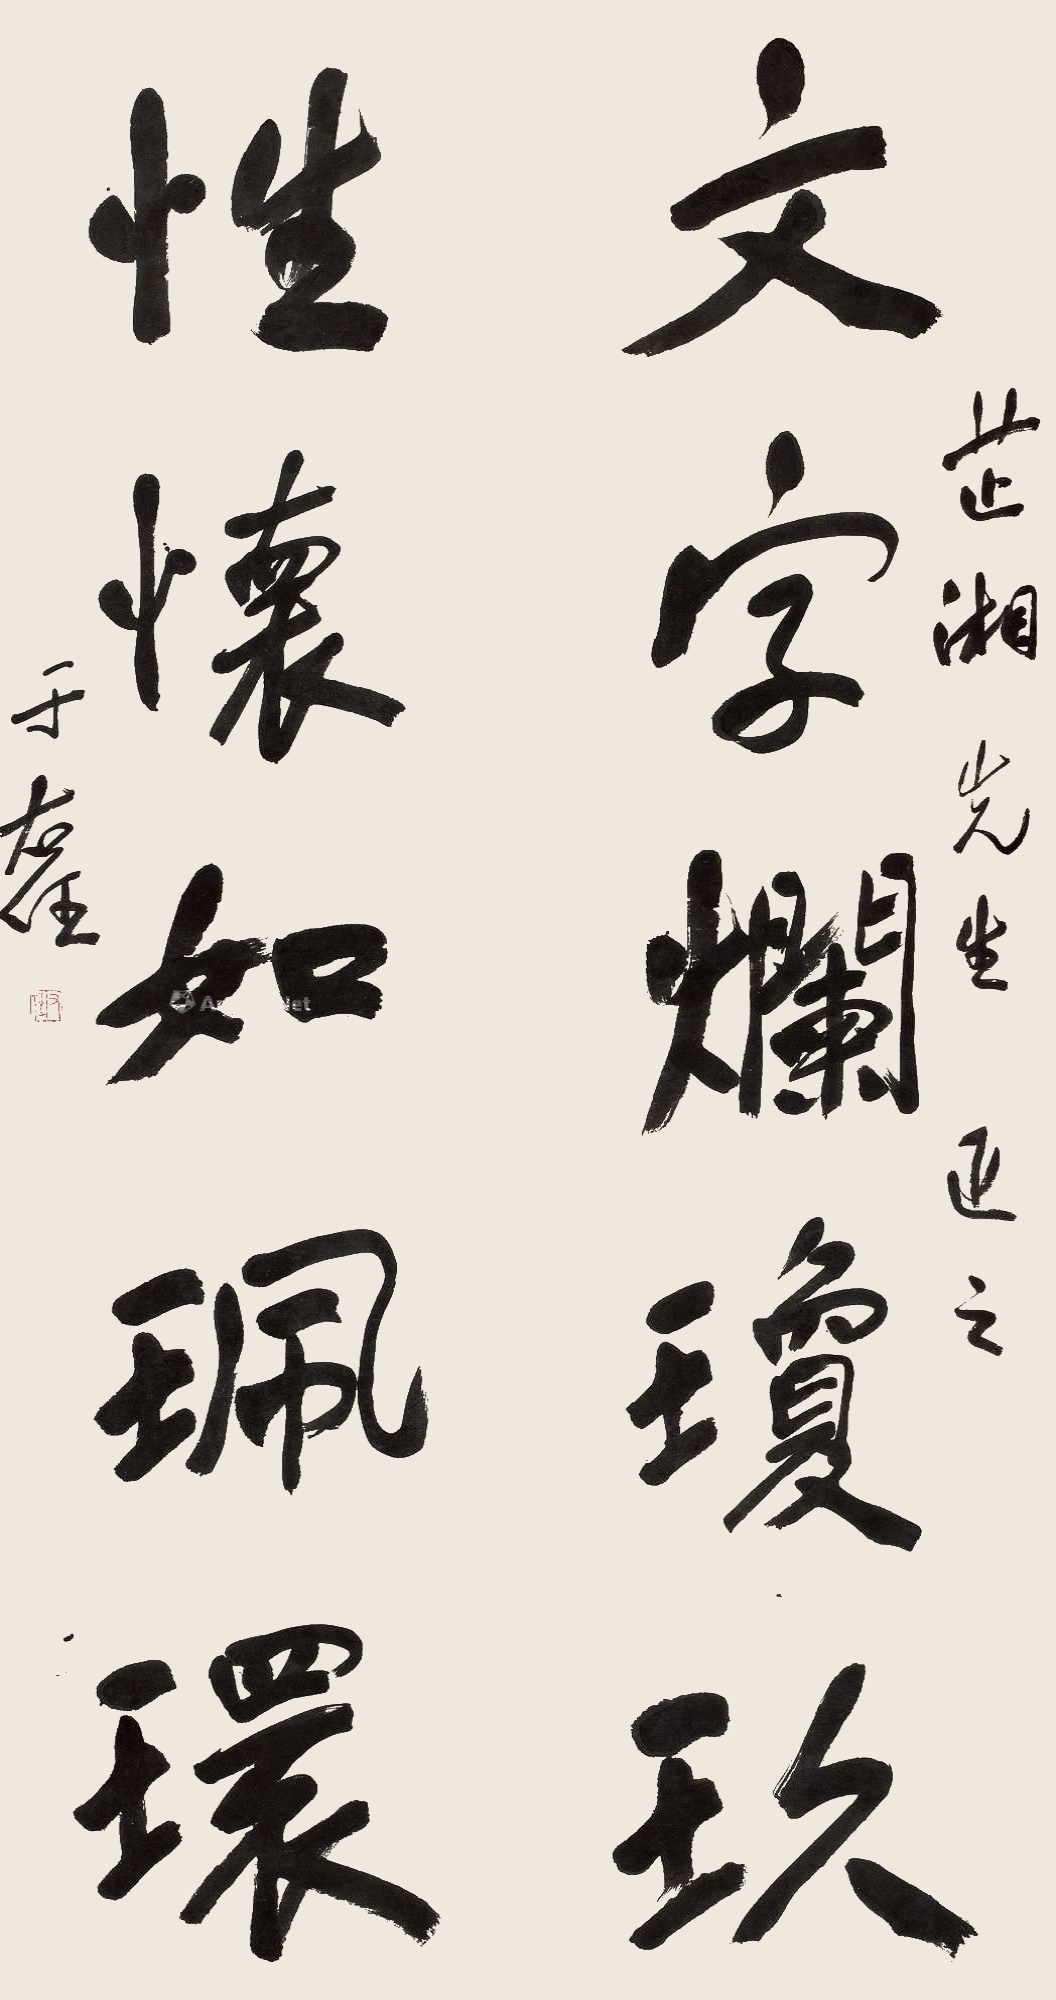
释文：文字烂琼玖，性怀如珮环。芷湘先生正之。于右任。